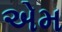
એમ